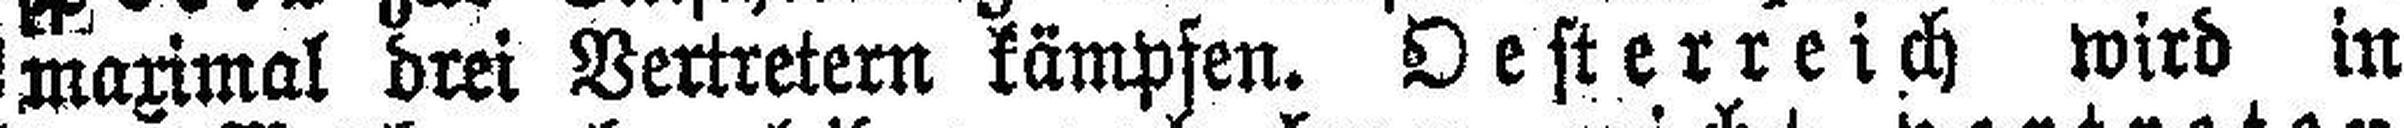
maximal drei Vertretern kämpfen. Oesterreich wird in